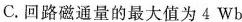
C.回路磁通量的最大值为4Wb